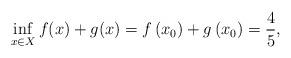
LaTeX: \begin{align*}\inf_{x\in X} f(x) +g(x) = f\left(x_{0}\right)+g\left(x_{0}\right) & =\frac{4}{5},\end{align*}